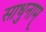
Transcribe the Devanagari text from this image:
साधुनाम्